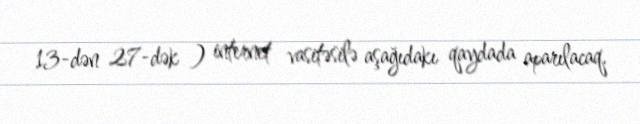
13-dən 27-dək ) internet vasitəsilə aşağıdakı qaydada aparılacaq.